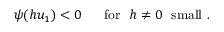
\psi ( h u _ { 1 } ) < 0 \ \ \ \ \ \mathrm { f o r } \ \ h \ne 0 \ \ \mathrm { s m a l l } \ .